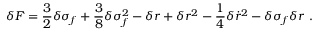
\delta F = \frac { 3 } { 2 } \delta \sigma _ { f } + \frac { 3 } { 8 } \delta \sigma _ { f } ^ { 2 } - \delta r + \delta r ^ { 2 } - \frac { 1 } { 4 } \delta { \dot { r } } ^ { 2 } - \delta \sigma _ { f } \delta r ~ .